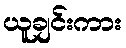
ယူချင်းကား